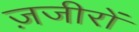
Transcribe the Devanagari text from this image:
ज़जीरों